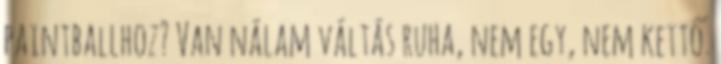
paintballhoz? Van nálam váltás ruha, nem egy, nem kettő.